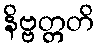
နိဗ္ဗတ္တတိ